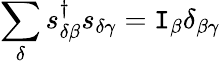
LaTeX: \sum_{\delta}s_{\delta\beta}^{\dagger}s_{\delta\gamma}=\mathtt{I}_{\beta}\delta_{\beta\gamma}